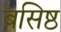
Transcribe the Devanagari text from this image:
बसिष्ठ